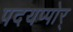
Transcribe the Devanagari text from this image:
पदयप्पोर्